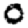
Digit: 0